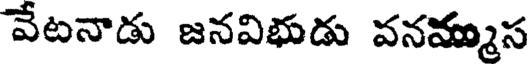
వేటనాడు జనవిభుడు వనమ్ముస